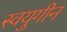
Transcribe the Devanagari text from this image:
स्वयुगीन